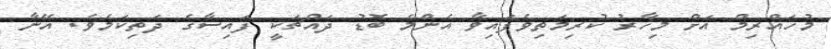
މުހައްރިމް އަށް މިހާރު ކުރިމަތިވެފައިވާ އެންމެ ބޮޑު ދައްޗަކީ ފައިސާގެ ދަތިކަމެެވެ. އޭނާ